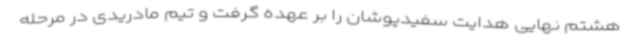
هشتم نهایی هدایت سفیدپوشان را بر عهده گرفت و تیم مادریدی در مرحله